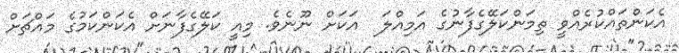
އެކަންތައްކުރެއްވީ ތިމަންކަލޭގެފާނުގެ އަމިއްލަ  އަކަށް ނޫނެވެ. މިއީ ކަލޭގެފާނަށް އެކަންކަމުގެ މައްޗަށް